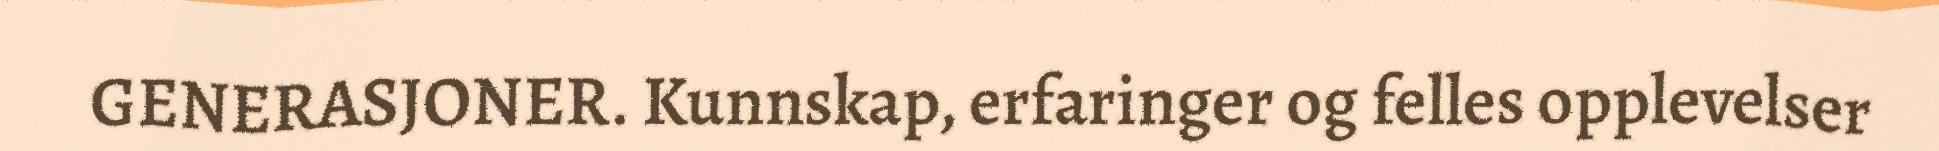
GENERASJONER. Kunnskap, erfaringer og felles opplevelser